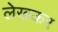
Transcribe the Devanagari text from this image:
लेखकर